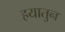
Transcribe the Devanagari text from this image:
हयातुन